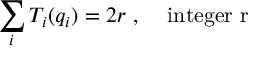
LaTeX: \sum _ { i } T _ { i } ( q _ { i } ) = 2 r \, \, , \, \, \, \, \, \, \, \mathrm { i n t e g e r ~ r }